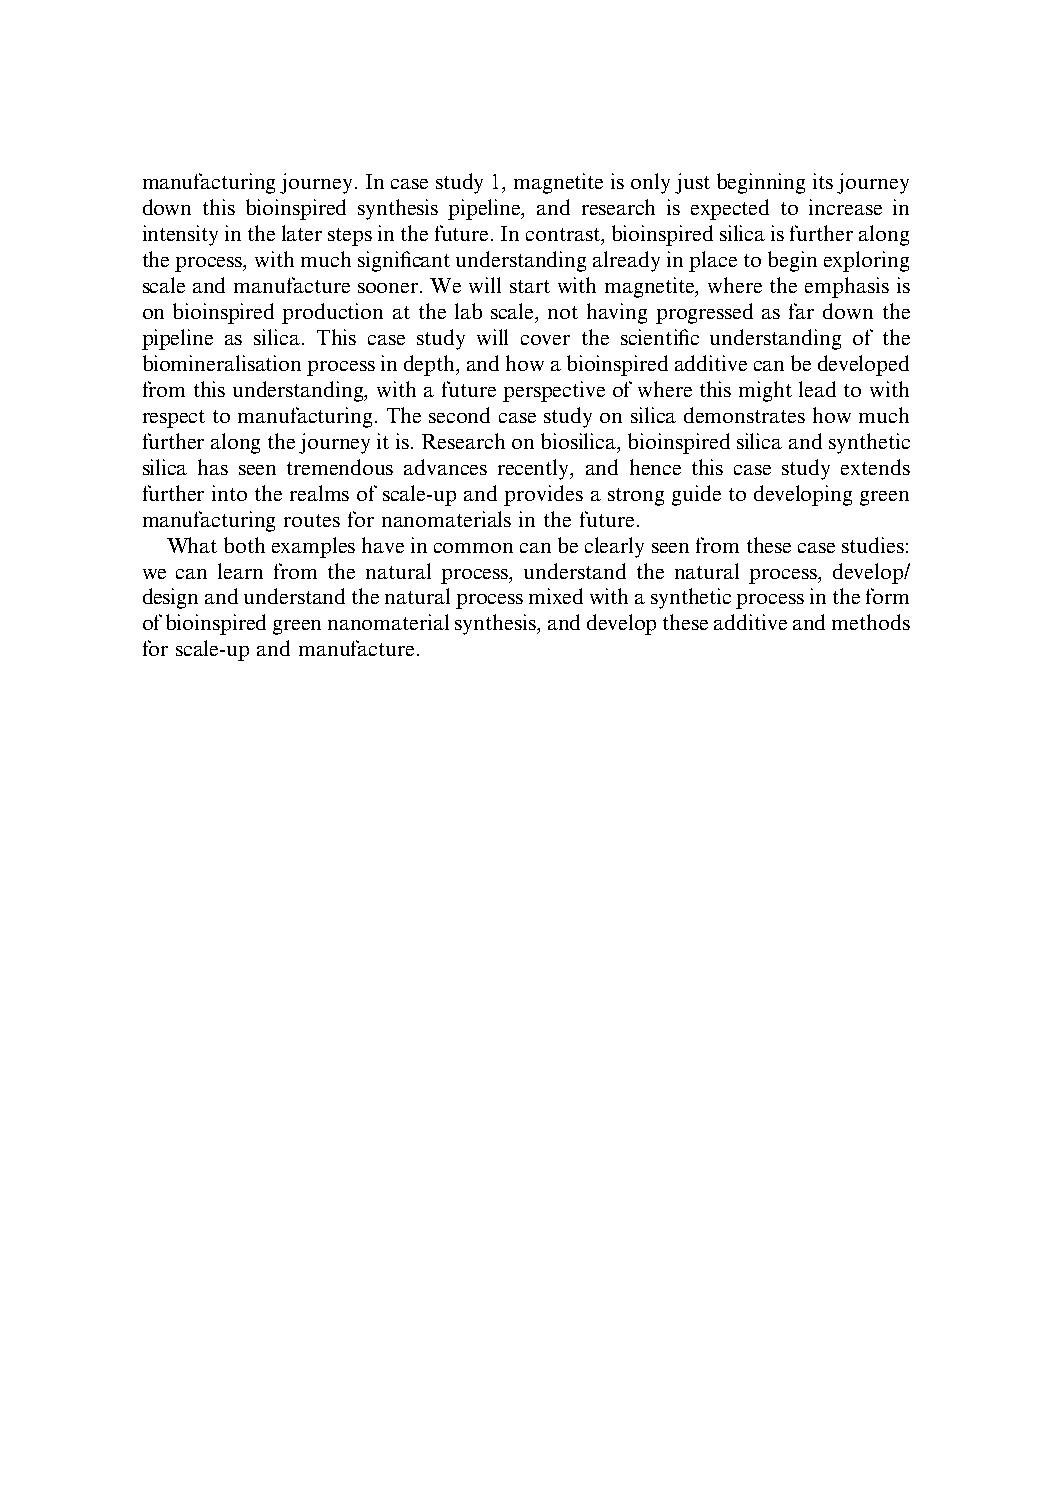
manufacturingjourney.Incasestudy1,magnetiteisonlyjustbeginningitsjourney
 down this bioinspired synthesis pipeline, and research is expected to increase in
 intensityinthelaterstepsinthefuture.Incontrast,bioinspiredsilicaisfurtheralong
 theprocess,withmuchsignificantunderstandingalreadyinplacetobeginexploring
 scale and manufacture sooner. We will start with magnetite, where the emphasis is
 on bioinspired production at the lab scale, not having progressed as far down the
 pipeline as silica. This case study will cover the scientific understanding of the
 biomineralisationprocessindepth,andhowabioinspiredadditivecanbedeveloped
 from this understanding, with a future perspective of where this might lead to with
 respect to manufacturing. The second case study on silica demonstrates how much
 furtheralongthejourneyitis.Researchonbiosilica,bioinspiredsilicaandsynthetic
 silica has seen tremendous advances recently, and hence this case study extends
 further into the realms of scale-up and provides a strong guide to developing green
 manufacturing routes for nanomaterials in the future.
 Whatbothexampleshaveincommoncanbeclearlyseenfromthesecasestudies:
 we can learn from the natural process, understand the natural process, develop/
 designandunderstandthenaturalprocessmixedwithasyntheticprocessintheform
 ofbioinspiredgreennanomaterialsynthesis,anddeveloptheseadditiveandmethods
 for scale-up and manufacture.